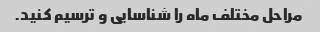
مراحل مختلف ماه را شناسایی و ترسیم کنید.